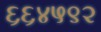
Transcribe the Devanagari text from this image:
६६४५९२